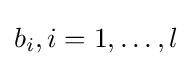
b_{i},i=1,\dots ,l